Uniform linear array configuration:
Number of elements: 16
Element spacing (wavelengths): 0.25
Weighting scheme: kaiser
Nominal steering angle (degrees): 60
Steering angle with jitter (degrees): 59.96
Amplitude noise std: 0.05
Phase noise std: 0.05

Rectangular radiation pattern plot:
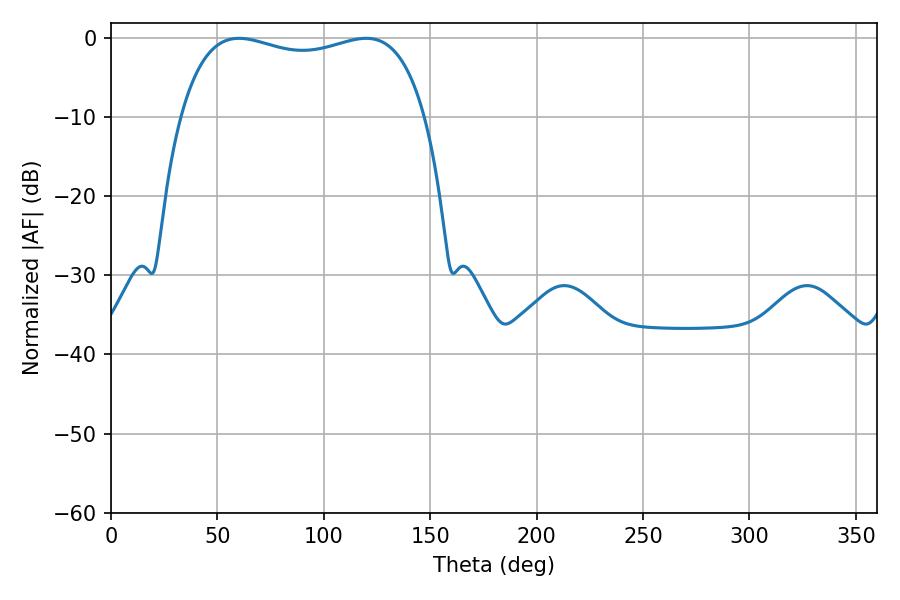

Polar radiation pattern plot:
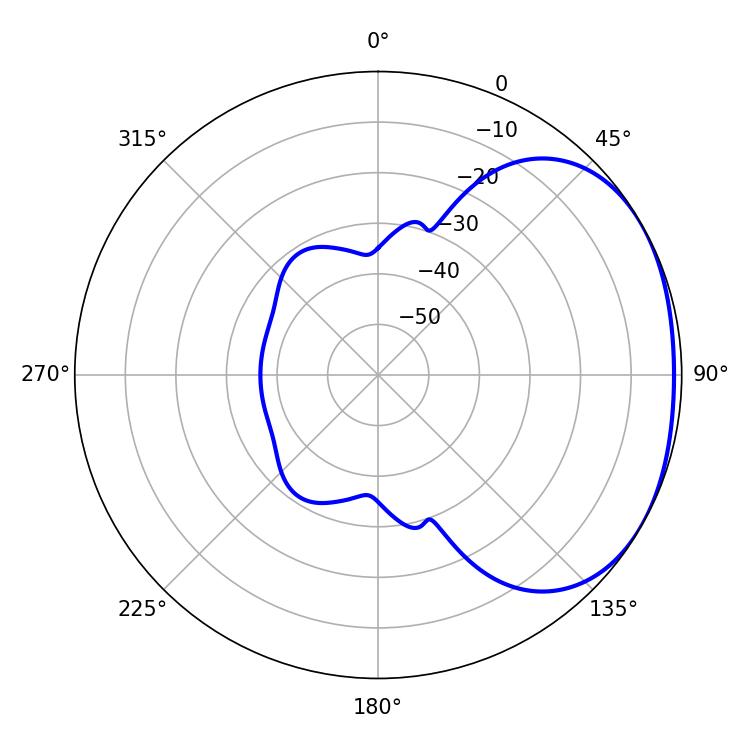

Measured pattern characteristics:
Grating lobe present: FALSE
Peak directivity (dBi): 1.909
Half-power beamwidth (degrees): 93.96
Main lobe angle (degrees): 60.12